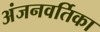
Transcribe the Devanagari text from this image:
अंजनवर्तिका